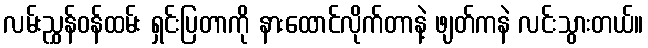
လမ်းညွှန်ဝန်ထမ်း ရှင်းပြတာကို နားထောင်လိုက်တာနဲ့ ဖျတ်ကနဲ လင်းသွားတယ်။